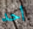
أحد